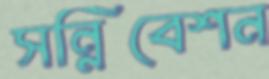
সন্নিবেশন